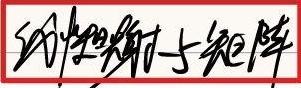
约束映射子矩阵